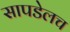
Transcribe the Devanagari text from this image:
सापडेलच